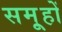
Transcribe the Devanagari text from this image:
समू्हों